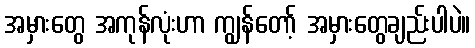
အမှားတွေ အကုန်လုံးဟာ ကျွန်တော့် အမှားတွေချည်းပါပဲ။